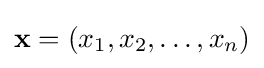
\mathbf {x} =(x_{1},x_{2},\ldots ,x_{n})